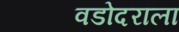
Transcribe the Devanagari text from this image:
वडोदराला